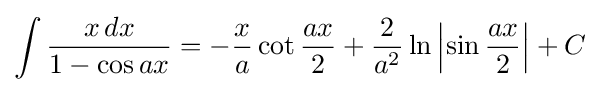
\int {\frac {x\,dx}{1-\cos ax}}=-{\frac {x}{a}}\cot {\frac {ax}{2}}+{\frac {2}{a^{2}}}\ln \left|\sin {\frac {ax}{2}}\right|+C